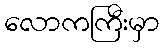
လောကကြီးမှာ